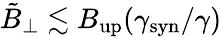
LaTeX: \tilde{B}_{\perp}\lesssim B_{\mathrm{up}}(\gamma_{\mathrm{syn}}/\gamma)